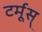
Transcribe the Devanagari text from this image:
टर्मूस्